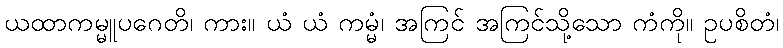
ယထာကမ္မူပဂေတိ၊ ကား။ ယံ ယံ ကမ္မံ၊ အကြင် အကြင်သို့သော ကံကို။ ဥပစိတံ၊